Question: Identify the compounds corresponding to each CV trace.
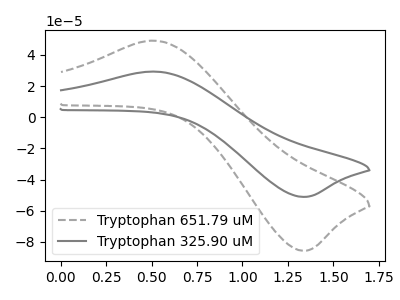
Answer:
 <answer>The gray dashed curve is labeled "Tryptophan 651.79 uM". The gray curve is labeled "Tryptophan 325.90 uM".</answer>
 <eval></eval>